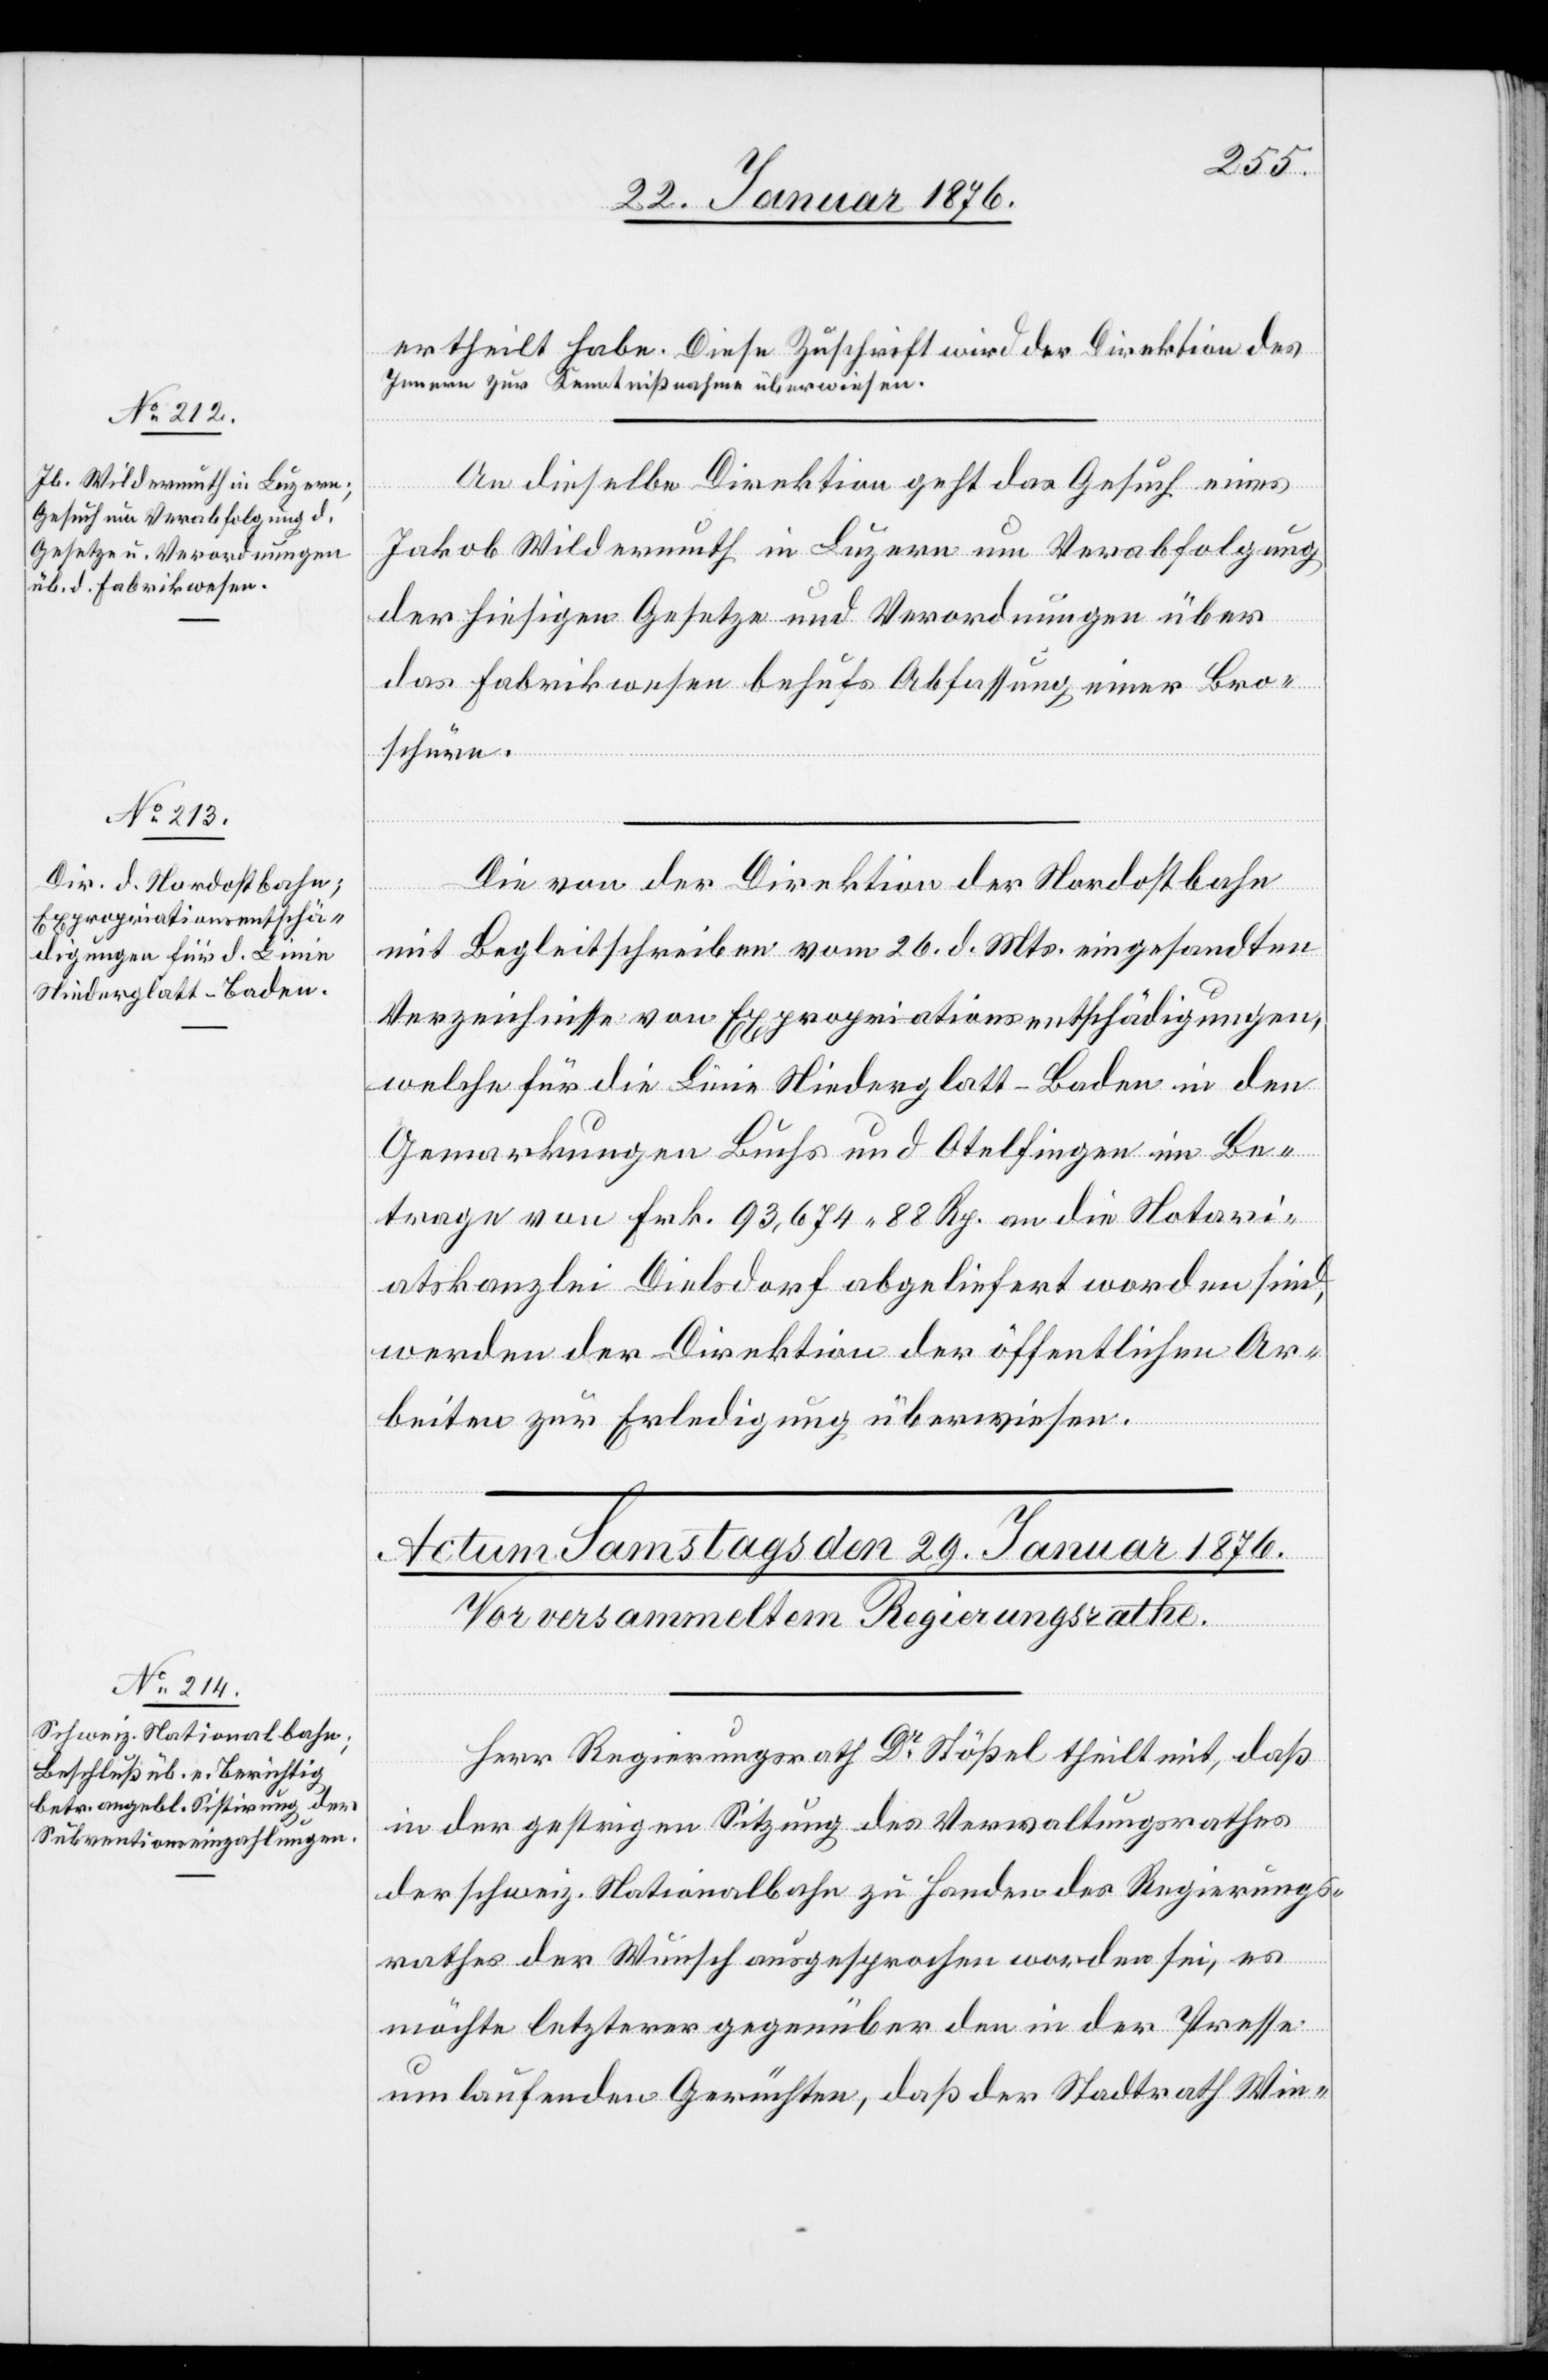
28. Januar 1876.]
ertheilt habe. Diese Zuschrift wird der Direktion des
Innern zur Kenntnißnahme überwiesen.
An dieselbe Direktion geht das Gesuch eines
Jakob Wildermuth in Luzern um Verabfolgung
der hiesigen Gesetze und Verordnungen über
das Fabrikwesen behufs Abfassung einer Bro¬
schüre.
[Fortsetzung
Die von der Direktion der Nordostbahn
mit Begleitschreiben vom 26. d. Mts. eingesandten
Verzeichnisse von Expropriationsentschädigungen,
welche für die Linie Niederglatt-Baden in den
Gemarkungen Buchs und Otelfingen im Be¬
trage von Frk. 93,674.88 Rp. an die Notari¬
atskanzlei Dielsdorf abgeliefert worden sind,
werden der Direktion der öffentlichen Ar¬
beiten zur Erledigung überwiesen.
Herr Regierungsrath Dr. Stößel theilt mit, daß
in der gestrigen Sitzung des Verwaltungsrathes
der schweiz. Nationalbahn zu Handen des Regierungs¬
rathes der Wunsch ausgesprochen worden sei, es
möchte letzterer gegenüber den in der Presse
um laufenden Gerüchten, daß der Stadtrath Win-